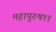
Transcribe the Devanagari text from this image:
महापुरुष११